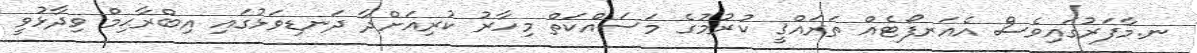
ނ.މާފަރުގައިވެސް އެއަރފޯޓެއް ތަރައްޤީ ކުރުމުގެ މަސައްކަތް މިހާރު ކުރިއަށްދާ ދަނޑިވަޅުގައި އިބްރާޙިމް ވިދާޅުވީ